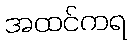
အထင်ကရ